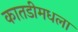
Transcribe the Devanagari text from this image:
कातडीमधला